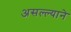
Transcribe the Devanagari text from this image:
असल्ल्याने